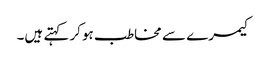
کیمرے سے مخاطب ہوکر کہتے ہیں۔